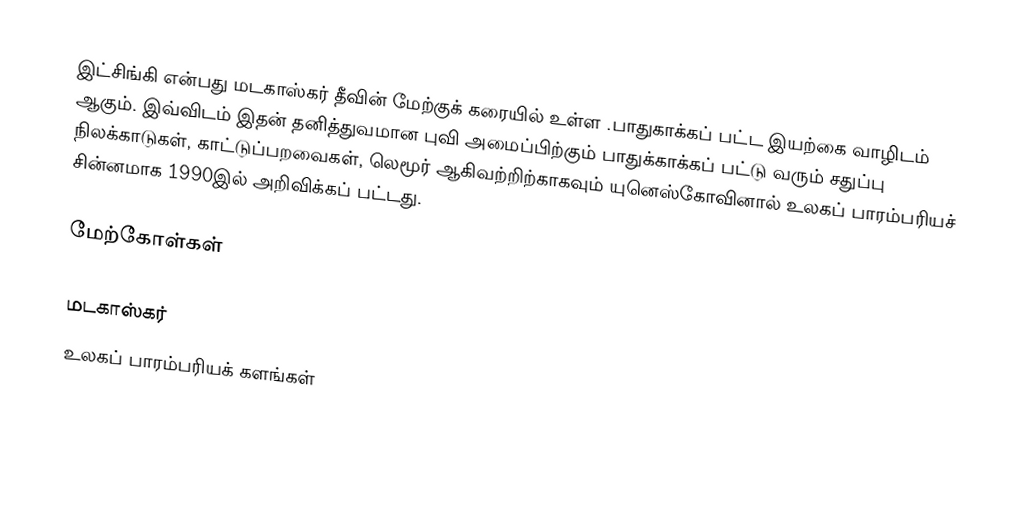
இட்சிங்கி என்பது மடகாஸ்கர் தீவின் மேற்குக் கரையில் உள்ள .பாதுகாக்கப் பட்ட இயற்கை வாழிடம் ஆகும். இவ்விடம் இதன் தனித்துவமான புவி அமைப்பிற்கும் பாதுக்காக்கப் பட்டு வரும் சதுப்பு நிலக்காடுகள், காட்டுப்பறவைகள், லெமூர் ஆகிவற்றிற்காகவும் யுனெஸ்கோவினால் உலகப் பாரம்பரியச் சின்னமாக 1990இல் அறிவிக்கப் பட்டது.

மேற்கோள்கள்

மடகாஸ்கர்
உலகப் பாரம்பரியக் களங்கள்